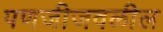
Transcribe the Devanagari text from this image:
पणजीजवळील